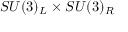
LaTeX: S U ( 3 ) _ { L } \times S U ( 3 ) _ { R }